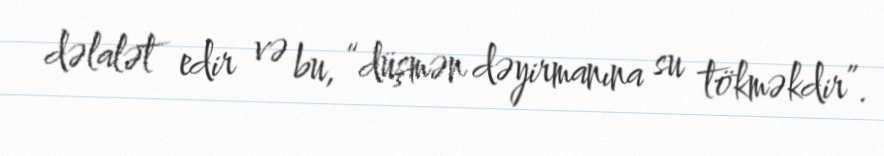
dəlalət edir və bu, “düşmən dəyirmanına su tökməkdir”.